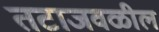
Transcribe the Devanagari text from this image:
तटाजवळील